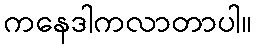
ကနေဒါကလာတာပါ။